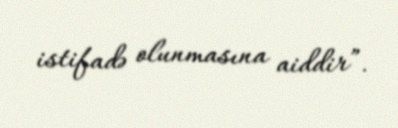
istifadə olunmasına aiddir”.